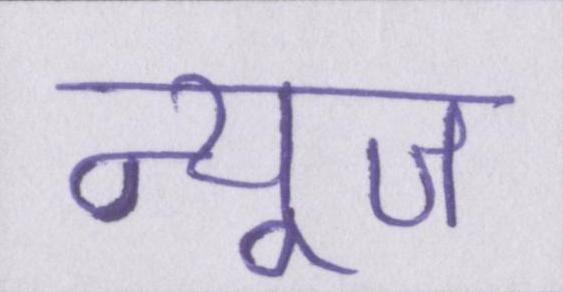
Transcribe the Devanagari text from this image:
न्यूज